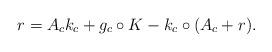
LaTeX: \begin{align*}r = A_c k_c + g_c \circ K{}{} - k_c \circ (A_c + r).\end{align*}